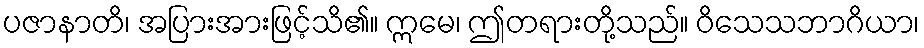
ပဇာနာတိ၊ အပြားအားဖြင့်သိ၏။ ဣမေ၊ ဤတရားတို့သည်။ ဝိသေသဘာဂိယာ၊